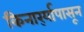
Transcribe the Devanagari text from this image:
किनार्र्यापासून